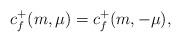
LaTeX: \begin{align*}c_f^+(m,\mu) = c_f^+(m,-\mu),\end{align*}